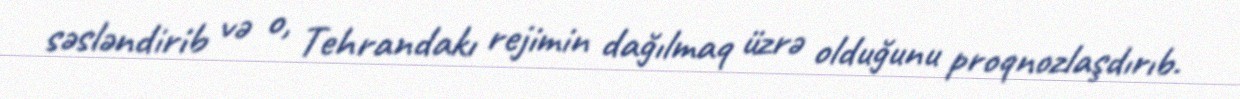
səsləndirib və o, Tehrandakı rejimin dağılmaq üzrə olduğunu proqnozlaşdırıb.